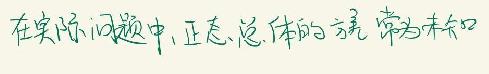
在实际问题中,正态总体的方差常为未知